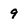
Character: 9